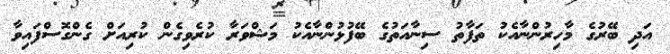
އަދި ބޭރުގެ މާހިރުންނާއެކު ތަފާތު ސިނާއަތުގެ ބޭފުޅުންނާއެކު މަޝްވަރާ ކުރެވިގެން ކުރިއަށް ގެންގޮސްފައިވާ